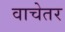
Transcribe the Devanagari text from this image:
वाचेतर